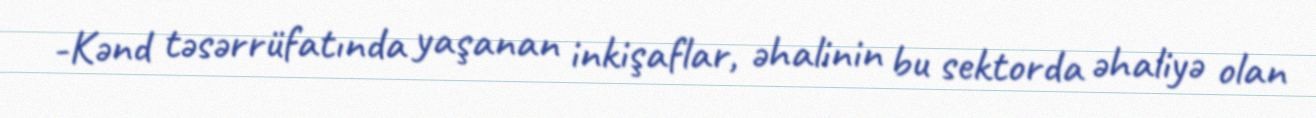
-Kənd təsərrüfatında yaşanan inkişaflar, əhalinin bu sektorda əhaliyə olan